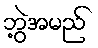
ဘွဲ့အမည်